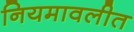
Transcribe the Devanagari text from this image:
नियमावलीत